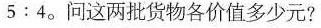
5:4。问这两批货物各价值多少元?